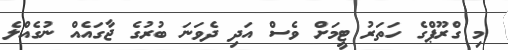
މި ގްރޫޕްގެ ހަތަރު ޓީމަށް ވެސް އަދި ދެވަނަ ބުރުގެ ޖާގައެެއް ނުގެއްލެ